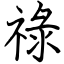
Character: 祿